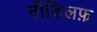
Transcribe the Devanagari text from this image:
नीडिलफ़